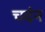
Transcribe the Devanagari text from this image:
चदंन